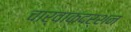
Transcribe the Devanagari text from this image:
चार्वाकदर्शन